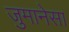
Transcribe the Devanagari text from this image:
जुमानेसा